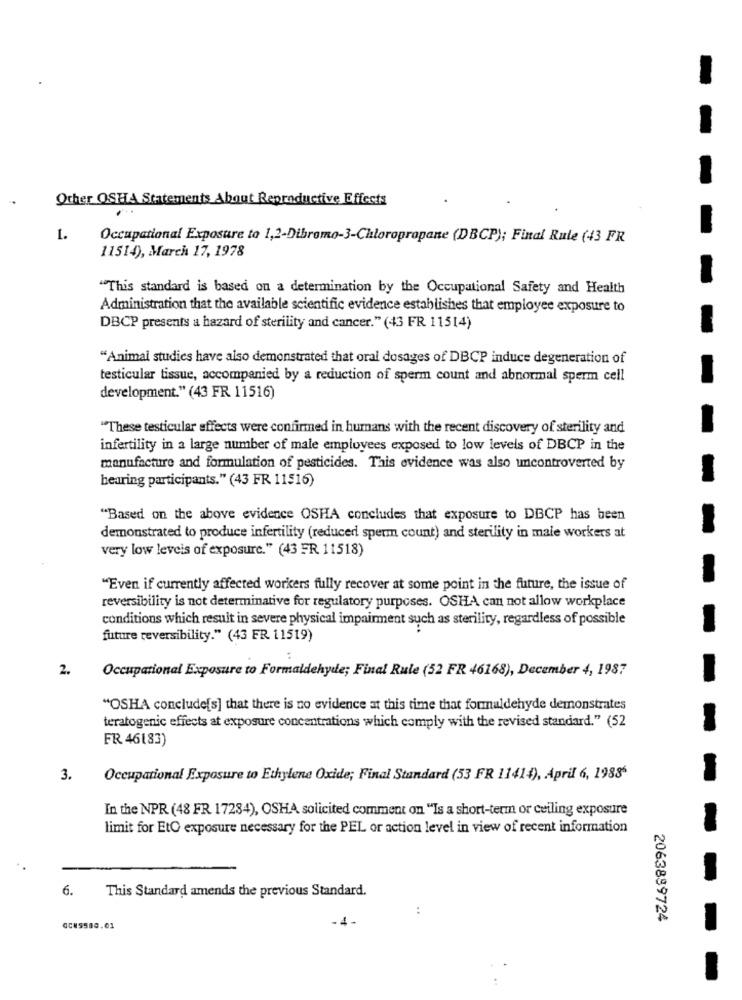
-
Other OSHA Statements About Reproductive Effects
1.
Occupational Exposure to 1,2-Dibromo-3-Chloropropane (DBCP); Final Rule (43 FR
11514), March 17, 1978
"This standard is based on a determination by the Occupational Safety and Health
Administration that the available scientific evidence establishes that employee exposure to
DBCP presents a hazard of sterility and cancer." (43 FR 11514)
"Animal studies have also demonstrated that oral dosages of DBCP induce degeneration of
testicular tissue, accompanied by a reduction of sperm count and abnormal sperm cell
development." (43 FR 11516)
"These testicular effects were confirmed in humans with the recent discovery of sterility and
infertility in a large number of male employees exposed to low levels of DBCP in the
manufacture and formulation of pesticides. This evidence was also uncontroverted by
hearing participants." (43 FR 11516)
"Based on the above evidence OSHA concludes that exposure to DBCP has been
demonstrated to produce infertility (reduced sperm count) and sterility in male workers at
very low levels of exposure." (43 FR 11518)
"Even if currently affected workers fully recover at some point in the future, the issue of
reversibility is not determinative for regulatory purposes. OSHA can not allow workplace
conditions which result in severe physical impairment such as sterility, regardless of possible
future reversibility." (43 FR 11519)
2.
Occupational Exposure to Formaldehyde; Final Rule (52 FR 46168), December 4, 1987
"OSHA conclude[s] that there is no evidence at this time that formaldehyde demonstrates
teratogenic effects at exposure concentrations which comply with the revised standard." (52
FR 46183)
3.
Occupational Exposure to Ethylene Oxide; Final Standard (53 FR 11414), April 6, 19885
In the NPR (48 FR 17284), OSHA solicited comment on "Is a short-term or ceiling exposure
limit for EtO exposure necessary for the PEL or action level in view of recent information
6.
This Standard amends the previous Standard.
:
-4.
2063899724